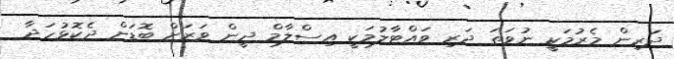
ދަރިން މެރުމަކީ ނުވަތަ ދަރި ވައްޓާލުމަކީ އިސްލާމް ދީން ވަރަށް ބޮޑަށް ދެކޮޅުހަދާ